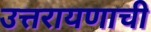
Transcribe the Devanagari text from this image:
उत्तरायणाची